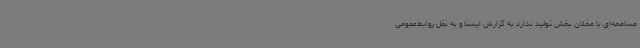
مسامحه‌ای با مخلان بخش تولید ندارد به گزارش ایسنا و به نقل روابط‌عمومی